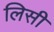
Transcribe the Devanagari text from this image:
लिसी